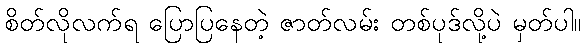
စိတ်လိုလက်ရ ပြောပြနေတဲ့ ဇာတ်လမ်း တစ်ပုဒ်လို့ပဲ မှတ်ပါ။